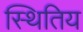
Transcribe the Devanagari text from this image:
स्थितिय